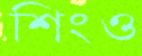
শিংও